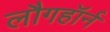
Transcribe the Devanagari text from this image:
लौगहॉर्न